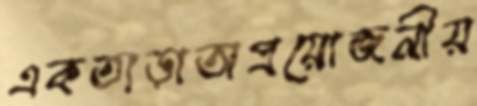
একতাড়াঅপ্রয়োজনীয়